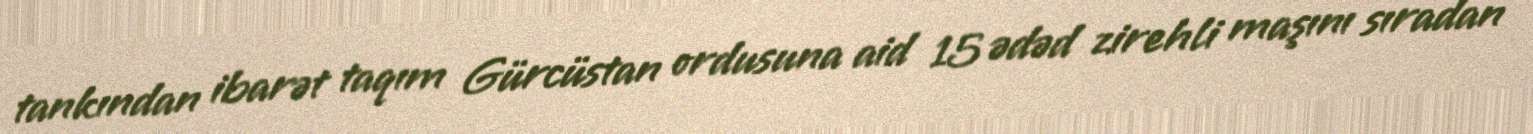
tankından ibarət taqım Gürcüstan ordusuna aid 15 ədəd zirehli maşını sıradan